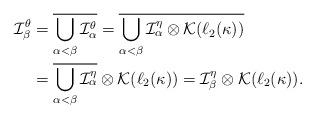
LaTeX: \begin{align*} \mathcal I^\theta_\beta &= \overline{\bigcup_{\alpha<\beta} \mathcal I^\theta_\alpha} = \overline{\bigcup_{\alpha<\beta} \mathcal I^\eta_\alpha \otimes \mathcal K(\ell_2(\kappa))}\\ &= \overline{\bigcup_{\alpha<\beta} \mathcal I^\eta_\alpha} \otimes \mathcal K(\ell_2(\kappa)) = \mathcal I_\beta^\eta \otimes \mathcal K(\ell_2(\kappa)). \end{align*}